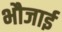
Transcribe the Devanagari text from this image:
भौजाई